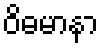
ဝိဓမာနာ